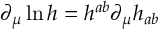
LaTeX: \partial _ { \mu } \ln h = h ^ { a b } \partial _ { \mu } h _ { a b }